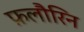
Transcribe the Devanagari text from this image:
फ़लौरिन